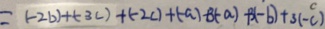
= ( - 2 b ) + ( - 3 c ) + ( - 2 c ) + ( - a ) + 3 ( - a ) + 3 ( - b ) + 3 ( - c )